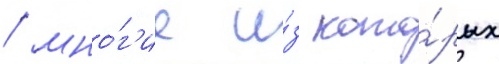
/ мно́г'ие и́з кото́рых